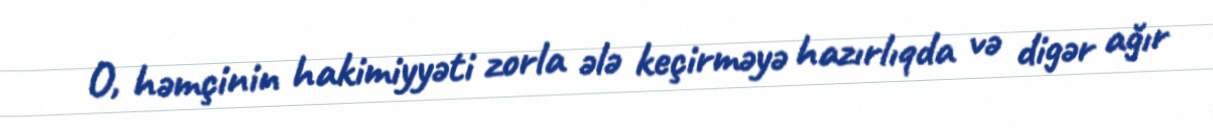
O, həmçinin hakimiyyəti zorla ələ keçirməyə hazırlıqda və digər ağır